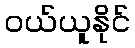
ဝယ်ယူနိုင်